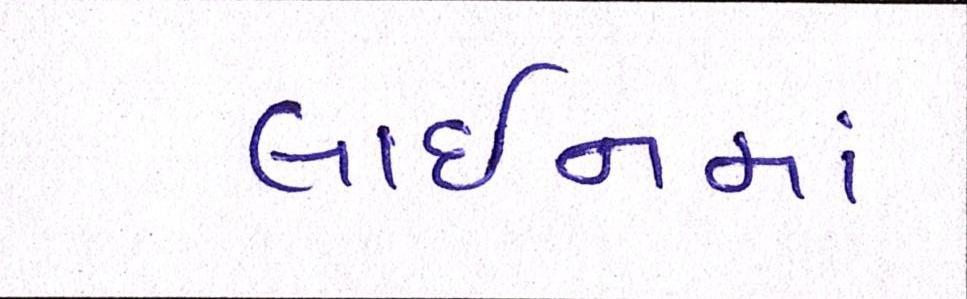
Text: લાઈનમાં